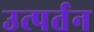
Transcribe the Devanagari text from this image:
उत्पर्तन